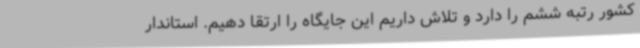
کشور رتبه ششم را دارد و تلاش داریم این جایگاه را ارتقا دهیم. استاندار